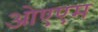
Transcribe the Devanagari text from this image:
ओएएम